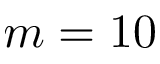
m = 1 0